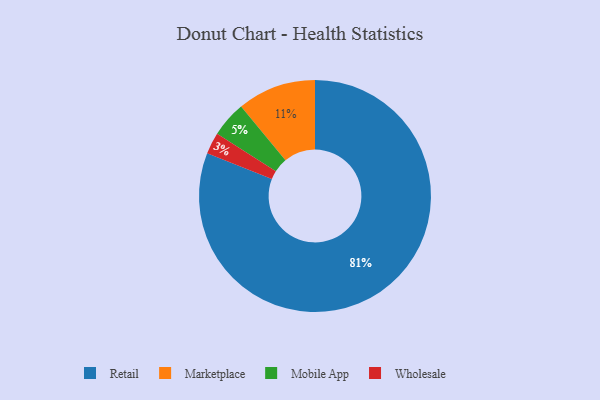
{"axis": {"x": "Category", "y": "Percentage"}, "legend": ["Marketplace", "Mobile App", "Retail", "Wholesale"], "data": [{"x": "Mobile App", "y": 5, "type": "Mobile App"}, {"x": "Retail", "y": 81, "type": "Retail"}, {"x": "Marketplace", "y": 11, "type": "Marketplace"}, {"x": "Wholesale", "y": 3, "type": "Wholesale"}]}